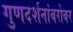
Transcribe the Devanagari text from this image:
गुणदर्शनांबरोबर